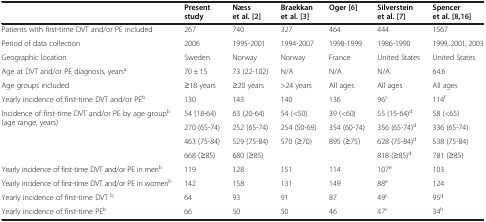
<table><thead><tr><td><b> </b></td><td><b>Present study</b></td><td><b>Næss et al. [2]</b></td><td><b>Braekkan et al. [3]</b></td><td><b>Oger [6]</b></td><td><b>Silverstein et al. [7]</b></td><td><b>Spencer et al. [8,16]</b></td></tr></thead><tbody><tr><td>Patients with first-time DVT and/or PE included</td><td>267</td><td>740</td><td>327</td><td>464</td><td>444</td><td>1567</td></tr><tr><td>Period of data collection</td><td>2006</td><td>1995-2001</td><td>1994-2007</td><td>1998-1999</td><td>1986-1990</td><td>1999, 2001, 2003</td></tr><tr><td>Geographic location</td><td>Sweden</td><td>Norway</td><td>Norway</td><td>France</td><td>United States</td><td>United States</td></tr><tr><td>Age at DVT and/or PE diagnosis, years<sup>a</sup></td><td>70 ± 15</td><td>73 (22-102)</td><td>N/A</td><td>N/A</td><td>N/A</td><td>64.6</td></tr><tr><td>Age groups included</td><td>≥18 years</td><td>≥20 years</td><td>&gt;24 years</td><td>All ages</td><td>All ages</td><td>All ages</td></tr><tr><td>Yearly incidence of first-time DVT and/or PE<sup>b</sup></td><td>130</td><td>143</td><td>140</td><td>136</td><td>96<sup>c</sup></td><td>114<sup>f</sup></td></tr><tr><td rowspan="3">Incidence of first-time DVT and/or PE by age group<sup>b</sup> (age range, years)</td><td>54 (18-64)</td><td>63 (20-64)</td><td>54 (&lt;50)</td><td>39 (&lt;60)</td><td>55 (15-64)<sup>d</sup></td><td>58 (&lt;65)</td></tr><tr><td>270 (65-74)</td><td>252 (65-74)</td><td>254 (50-69)</td><td>354 (60-74)</td><td>356 (65-74)<sup>d</sup></td><td>336 (65-74)</td></tr><tr><td>463 (75-84)</td><td>529 (75-84)</td><td>570 (≥70)</td><td>895 (≥75)</td><td>628 (75-84)<sup>d</sup></td><td>538 (75-84)</td></tr><tr><td> </td><td>668 (≥85)</td><td>680 (≥85)</td><td> </td><td> </td><td>818 (≥85)<sup>d</sup></td><td>781 (≥85)</td></tr><tr><td>Yearly incidence of first-time DVT and/or PE in men<sup>b</sup></td><td>119</td><td>128</td><td>151</td><td>114</td><td>107<sup>e</sup></td><td>103</td></tr><tr><td>Yearly incidence of first-time DVT and/or PE in women<sup>b</sup></td><td>142</td><td>158</td><td>131</td><td>149</td><td>88<sup>e</sup></td><td>124</td></tr><tr><td>Yearly incidence of first-time DVT <sup>b</sup></td><td>64</td><td>93</td><td>91</td><td>87</td><td>49<sup>c</sup></td><td>95<sup>g</sup></td></tr><tr><td>Yearly incidence of first-time PE<sup>b</sup></td><td>66</td><td>50</td><td>50</td><td>46</td><td>47<sup>c</sup></td><td>34<sup>h</sup></td></tr></tbody></table>